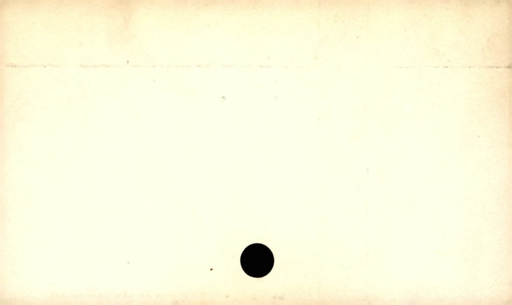
Label: blank